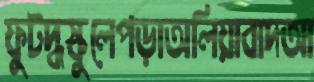
ফুটদ্ধস্কুলেপড়াঅলিয়াবাদআ